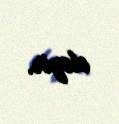
eləyir.